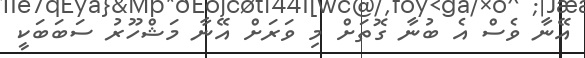
އޭނާ ވެސް އެ ބުނާ ގޮތަށް މި ވަރަށް އޭނާ މަޝްހޫރު ސަބަބަކީ